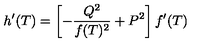
h ^ { \prime } ( T ) = \left[ { - { \frac { Q ^ { 2 } } { f ( T ) ^ { 2 } } } } + P ^ { 2 } \right] f ^ { \prime } ( T )